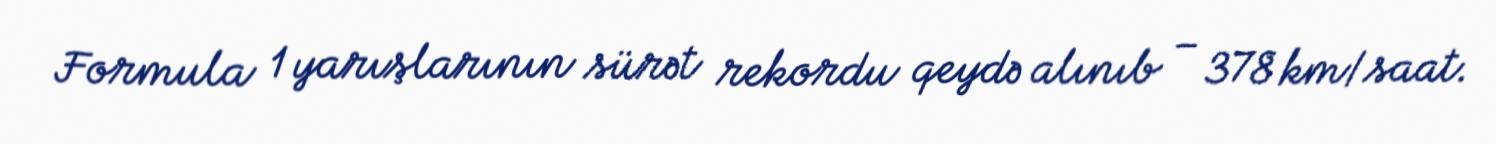
Formula 1 yarışlarının sürət rekordu qeydə alınıb – 378 km/saat.